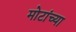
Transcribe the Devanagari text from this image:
मोटांच्या